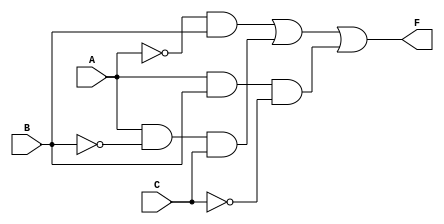
module multi_level_logic (
    input wire A,  // Input variable A
    input wire B,  // Input variable B
    input wire C,  // Input variable C
    output wire F  // Output of the function
);

// Intermediate signals
wire A_not;      // NOT A
wire B_not;      // NOT B
wire C_not;      // NOT C
wire term1;      // A'B
wire term2;      // AB'C
wire term3;      // ABC'

// Level 1: Inversion
assign A_not = ~A;  // NOT A
assign B_not = ~B;  // NOT B
assign C_not = ~C;  // NOT C

// Level 2: AND gates for each term
assign term1 = A_not & B;        // A'B
assign term2 = A & B_not & C;    // AB'C
assign term3 = A & B & C_not;    // ABC'

// Level 3: OR gate to combine all terms
assign F = term1 | term2 | term3; // F = A'B + AB'C + ABC'

endmodule